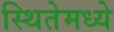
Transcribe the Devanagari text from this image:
स्थितेमध्ये